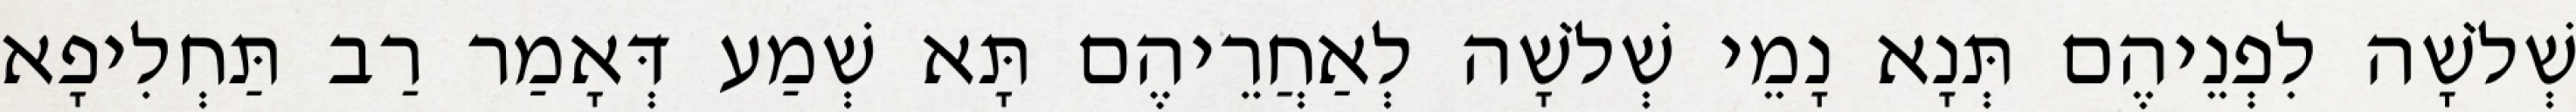
שְׁלֹשָׁה לִפְנֵיהֶם תְּנָא נָמֵי שְׁלֹשָׁה לְאַחֲרֵיהֶם תָּא שְׁמַע דְּאָמַר רַב תַּחְלִיפָא